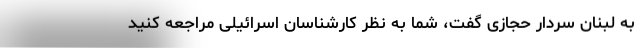
به لبنان سردار حجازی گفت، شما به نظر کارشناسان اسرائیلی مراجعه کنید